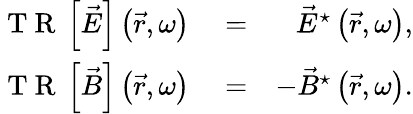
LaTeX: \begin{array}{rlr}{\mathrm{~T~R~}\left\lbrack\vec{E}\right\rbrack\left(\vec{r},\omega\right)}&{{}=}&{\vec{E}^{\star}\left(\vec{r},\omega\right),}\\ {\mathrm{~T~R~}\left\lbrack\vec{B}\right\rbrack\left(\vec{r},\omega\right)}&{{}=}&{-\vec{B}^{\star}\left(\vec{r},\omega\right).}\end{array}